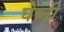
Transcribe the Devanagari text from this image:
घेव्नी